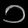
Digit: ၁